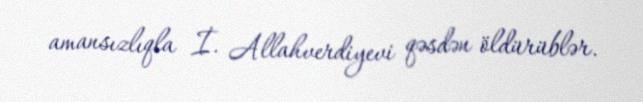
amansızlıqla İ. Allahverdiyevi qəsdən öldürüblər.